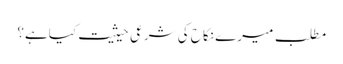
مطلب میرے نکاح کی شرعی حیثیت کیاہے؟